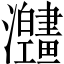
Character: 𱱅